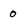
Character: 0